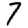
Digit: 7